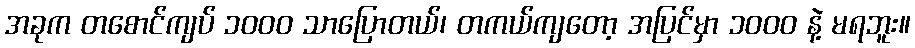
အခုက တစောင်ကျပ် ၁၀၀၀ သာပြောတယ်၊ တကယ်ကျတော့ အပြင်မှာ ၁၀၀၀ နဲ့ မရဘူး။